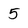
Character: 5